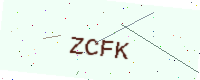
Text: ZCFK